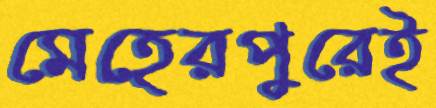
মেহেরপুরেই